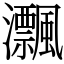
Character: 𤅜